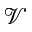
\mathcal { V }